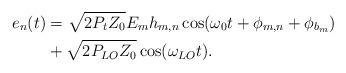
LaTeX: \begin{align*}e_n(t) & = \sqrt{2P_tZ_0}E_{m} h_{m,n} \cos(\omega_0 t + \phi_{m,n} + \phi_{b_m}) \\& + \sqrt{2P_{LO}Z_0} \cos(\omega_{LO}t).\end{align*}